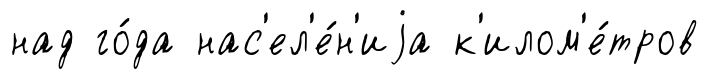
над го́да нас'ел'е́н'иjа к'илом'е́тров